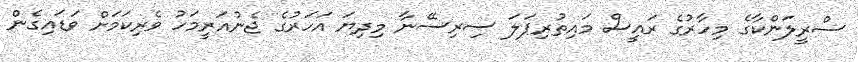
ސްރީލަންކާގެ މިހާރުގެ ރައީސް މައިތުރިޕަލަ ސިރިސޭނާ މިދިޔަ އަހަރުގެ ޖެނުއަރީމަހު ވެރިކަމަށް ވަޑައިގެން